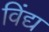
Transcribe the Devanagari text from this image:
विंद्य